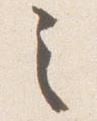
之